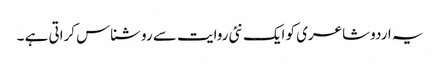
یہ اردو شاعری کو ایک نئی روایت سے روشناس کراتی ہے ۔